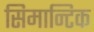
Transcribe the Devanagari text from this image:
सिमान्टिक